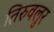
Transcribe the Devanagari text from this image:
तिरुवलुर